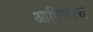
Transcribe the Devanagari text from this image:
आधिपत्त्य